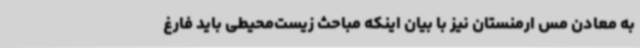
به معادن مس ارمنستان نیز با بیان اینکه مباحث زیست‌محیطی باید فارغ